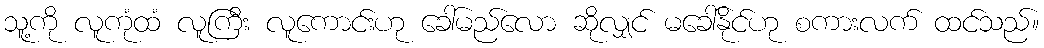
သူ့ကို လူကုံထံ လူကြီး လူကောင်းဟု ခေါ်မည်လော ဆိုလျှင် မခေါ်နိုင်ဟု စကားလက် ထင်သည်။